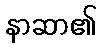
နာဆာ၏